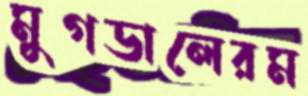
মুগডালেরম